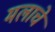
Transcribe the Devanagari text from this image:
मलाचे